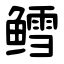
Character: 鳕